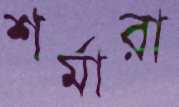
শর্মারা